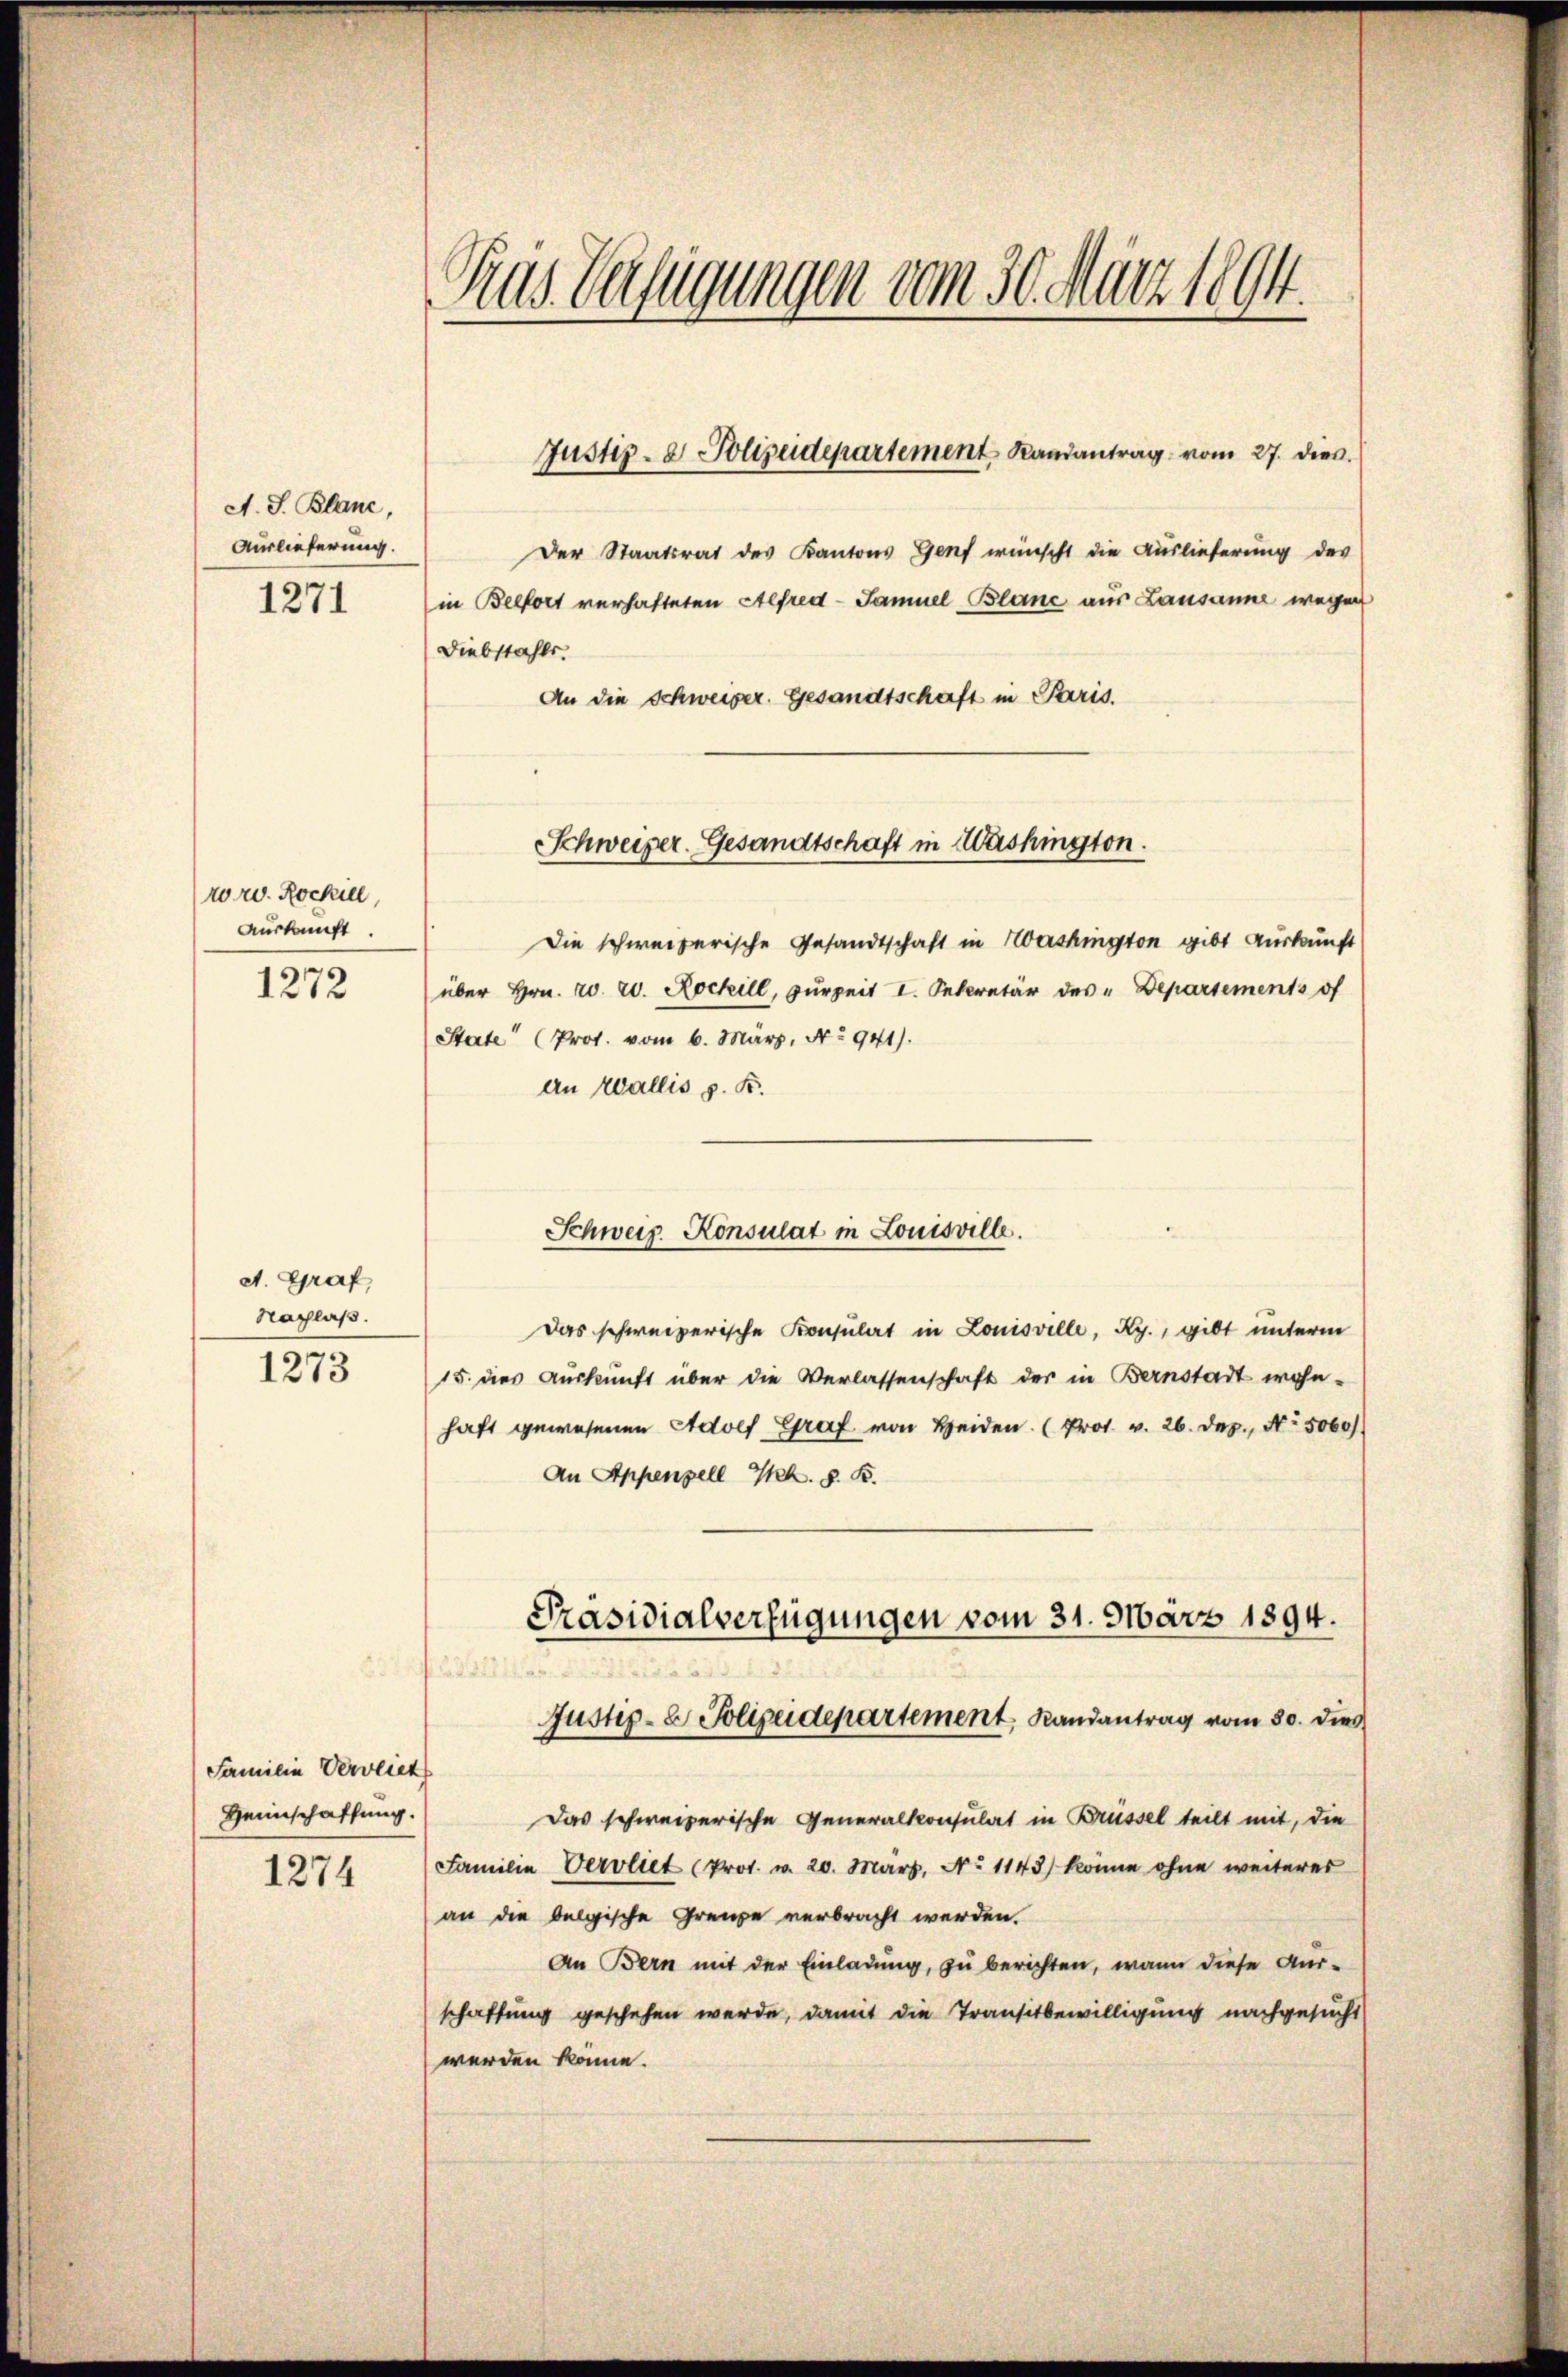
A. S. Blanc
Auslieferung.
1271

vor. Rockill,
Auskunft.
1272

Nachlaß.

A. Graf,

1273

Familie Verblick
Heimschaffung.
1274

Tras Verfügungen vom 30. März 1894.

Der Staatsrat des Kantons Genf wünscht die Auslieferung des
in Belfort verhafteten Alfred-Samuel Blanc aus Lausanne wegen
Diebstahls.
An die Schweizer. Gesandtschaft in Paris.
Die schweizerische Gesandtschaft in Washington gibt Auskunft
über Hrn. 2. 20. Rochill, zurzeit I. Sekretär des " Departements of
State“ (Prot. vom 6. März, No 941).
an Wallis p. K.
Das schweizerische Konsulat in Louisville, Ry., gibt unterm
15. dies Auskunft über die Verlassenschaft der in Bernstadt wohn-
haft gewesenen Adolf Graf von Heiden. (Prot. v. 26. Dez. No. 5060)
An Appenzell I. 8. B.
Präsidialverfügungen vom 31. März 1894.
Justiz- & Polizeidepartement, Randantrag vom 80. dies
Das schweizerische Generalkonsulat in Brüssel teilt mit, die
Familie Vervliet (Prot. v. 20. März, No 1143) könne ohne weiteres
an die belgische Grenze verbracht werden.
An Bern mit der Einladung, zu berichten, wann diese Ausschaffung geschehen werde, damit die Transitbewilligung nachgesucht
werden könne.

Justiz- & Polizeidepartement Randantrag vom 27. dies

Schweizer. Gesandtschaft in Washington.

Schweiz. Konsulat in Louisville.